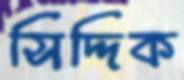
সিদ্দিক